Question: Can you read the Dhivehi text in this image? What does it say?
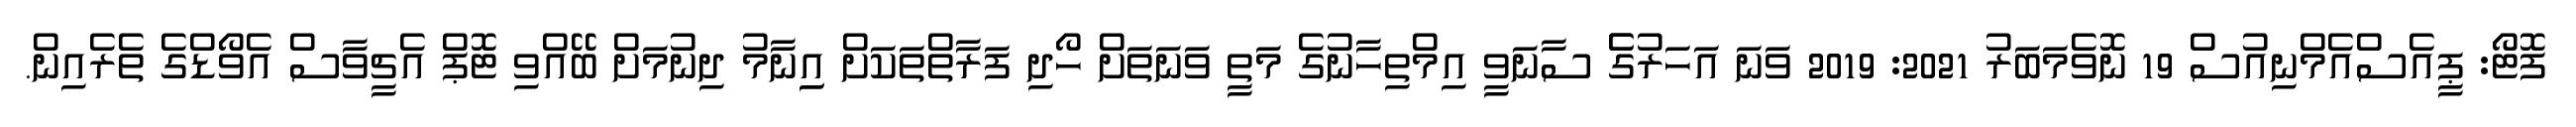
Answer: ފޮޓޯ: ޕީއެސްއެމްނިއުސް 19 ނޮވެމަބަރު 2021: 2019 ވަނަ އަހަރުގެެ ސާނަވީ އިމްތިހާނުގެ މަތީ ވަނަތަށް ހޯދި ފަރާތްތަކަށް އިިނާމު ދިނުމަށް ބޭއްވި ޓޮޕް އެޗީވާސް އެވޯޑްގެ ތެރެއިން.